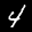
Label: 4